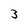
Character: 3